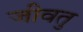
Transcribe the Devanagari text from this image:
जीवतु